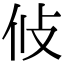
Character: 𭣢